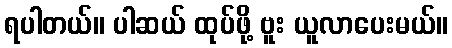
ရပါတယ်။ ပါဆယ် ထုပ်ဖို့ ဗူး ယူလာပေးမယ်။